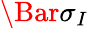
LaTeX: \Bar{\sigma}_{I}